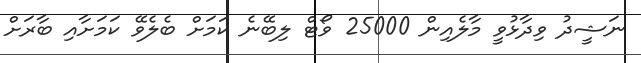
ނަޝީދު ވިދާޅުވީ މާލެއިން 25000 ވޯޓް ލިބޭނެ ކަމަށް ބެލެވޭ ކަމަށާއި ބާރަށް